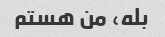
بله، من هستم